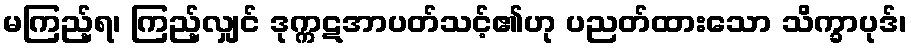
မကြည့်ရ၊ ကြည့်လျှင် ဒုက္ကဋအာပတ်သင့်၏ဟု ပညတ်ထားသော သိက္ခာပုဒ်၊